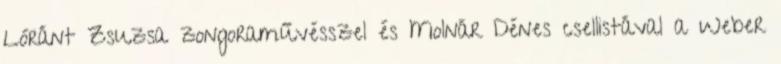
Lóránt Zsuzsa zongoraművésszel és Molnár Dénes csellistával a Weber